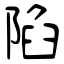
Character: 陷